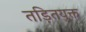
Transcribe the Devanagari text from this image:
तड़ितयुक्त